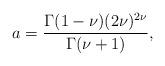
LaTeX: \begin{align*}a = \frac{\Gamma(1-\nu)(2\nu)^{2\nu}}{\Gamma(\nu+1)},\end{align*}